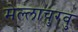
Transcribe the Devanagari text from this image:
मेल्‍लाचुरवु